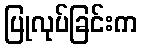
ပြုလုပ်ခြင်းက